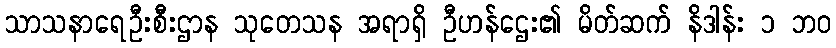
သာသနာရေဦးစီးဌာန သုတေသန အရာရှိ ဦဟန်ဌေး၏ မိတ်ဆက် နိဒါန်း ၁ ဘဝ